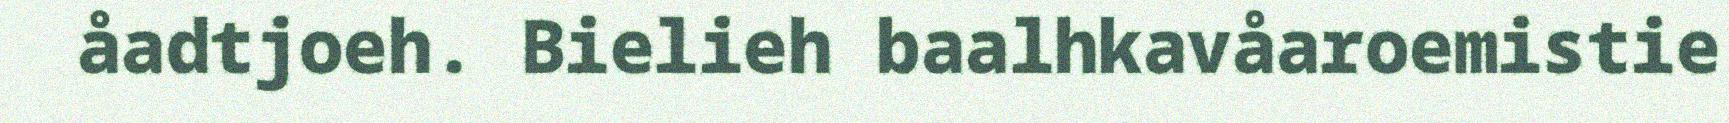
åadtjoeh. Bielieh baalhkavåaroemistie